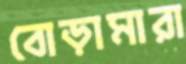
বোড়ামারা